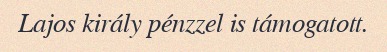
Lajos király pénzzel is támogatott.